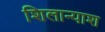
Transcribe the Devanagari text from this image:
शिलान्याश